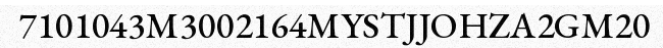
7101043M3002164MYSTJJOHZA2GM20